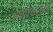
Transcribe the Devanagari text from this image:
काचौदसोलहवीं